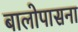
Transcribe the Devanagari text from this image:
बालोपासना